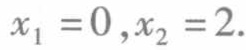
\(x_{1}=0,x_{2}=2.\)